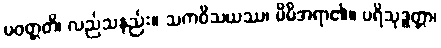
ပဝတ္တတိ၊ လည်သနည်း။ သကဝိသယဿ၊ မိမိအရာ၏။ ပရိသုဒ္ဓတ္တာ၊